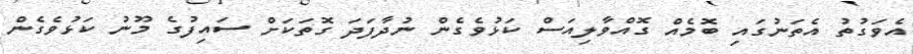
އެވަގުތު އެތަނުގައި ބޮމެއް ގޮއްވާލިއަސް ކަޅުވެގެން ނުދާފަދަ ގޮތަކަށް ސައިފުގެ މޫނު ކަޅުވެގެން